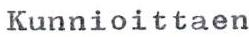
Kunnioittaen